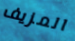
المزيف